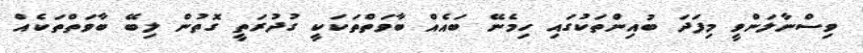
ވިސްނާލަންވީ މިފަދަ ބުއިންތަކުގައި ހިމެނޭ ބައެއް ބާވަތްތަކަކީ ގުދުރަތީ ގޮތުން ލިބޭ ބާވަތްތަކެއް